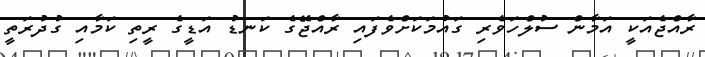
ރާއްޖެއަކީ އަމާން ސުލްހަވެރި ގައުމަކަށްވެފައި ރާއްޖޭގެ ކަނޑު އަޑީގެ ރީތި ކަމާއި ގުދުރަތީ